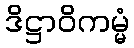
ဒိဋ္ဌာဝိကမ္မံ